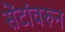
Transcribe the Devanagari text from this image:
सेंटांवरुन